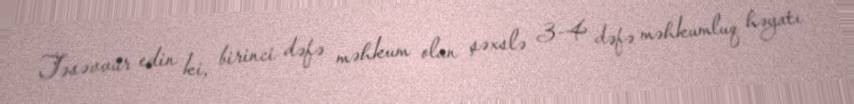
Təsəvvür edin ki, birinci dəfə məhkum olan şəxslə 3-4 dəfə məhkumluq həyatı